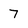
Character: 7